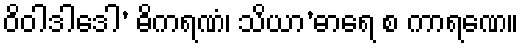
ဝိဝါဒါဒေါ’ ဓိကရဏံ၊ သိယာ’ဓာရေ စ ကာရဏေ။